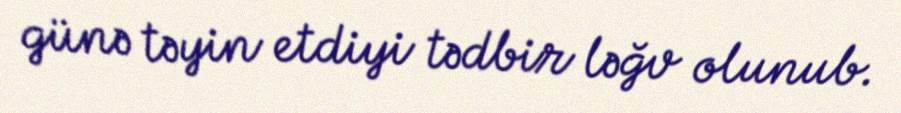
günə təyin etdiyi tədbir ləğv olunub.